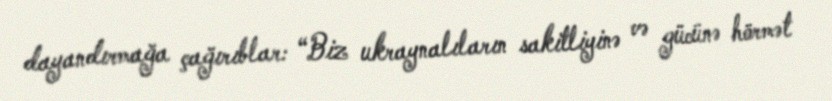
dayandırmağa çağırıblar: “Biz ukraynalıların sakitliyinə və gücünə hörmət